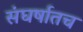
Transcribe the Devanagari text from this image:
संघर्षातच